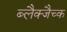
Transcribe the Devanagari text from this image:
ब्लैक्जैच्क